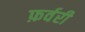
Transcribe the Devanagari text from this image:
फ़र्वरी